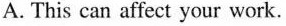
A. This can affect your work.